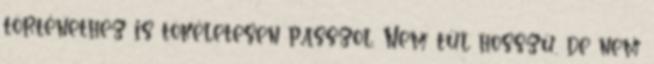
történethez is tökéletesen passzol. Nem túl hosszú, de nem